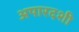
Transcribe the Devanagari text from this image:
अपारदशी